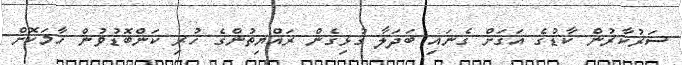
ސަރުކާރުން ކާޑުގެ އަގަށް ގެނައި ބަދަލާ ގުޅިގެން ރައްޔިތުންގެ ހުރި ކަންބޮޑުވުން ހާމަކޮށް